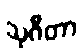
သုဂီတာ